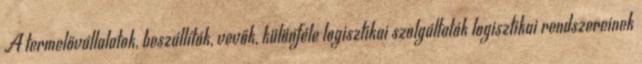
A termelővállalatok, beszállítók, vevők, különféle logisztikai szolgáltatók logisztikai rendszereinek